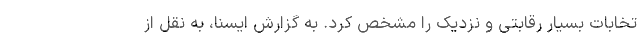
تخابات بسیار رقابتی و نزدیک را مشخص کرد. به گزارش ایسنا، به نقل از